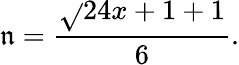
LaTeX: \mathfrak{n}={\frac{{{\sqrt{}{{24x+1}}}+1}}{{6}}}.